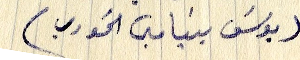
يوسف بنيامين الخوري